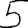
Digit: 5